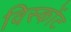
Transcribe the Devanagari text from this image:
विस्कोंट